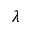
\lambda